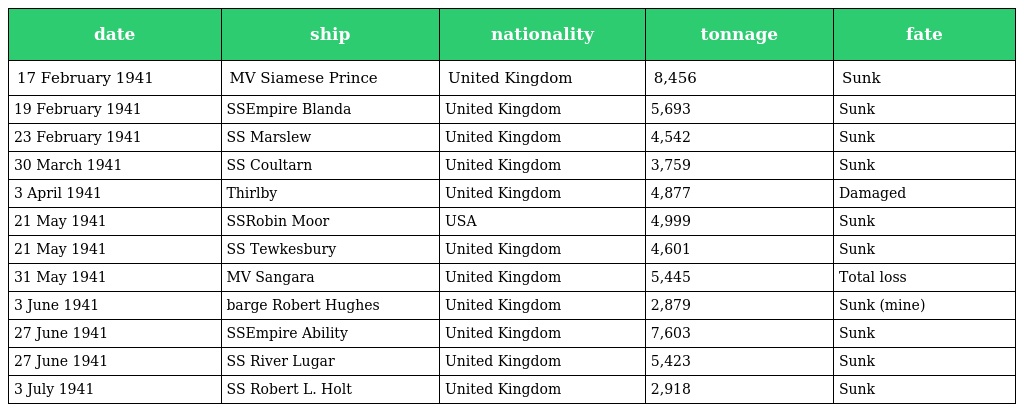
| date | ship | nationality | tonnage | fate |
 | --- | --- | --- | --- | --- |
 | 17 February 1941 | MV Siamese Prince | United Kingdom | 8,456 | Sunk |
 | 19 February 1941 | SSEmpire Blanda | United Kingdom | 5,693 | Sunk |
 | 23 February 1941 | SS Marslew | United Kingdom | 4,542 | Sunk |
 | 30 March 1941 | SS Coultarn | United Kingdom | 3,759 | Sunk |
 | 3 April 1941 | Thirlby | United Kingdom | 4,877 | Damaged |
 | 21 May 1941 | SSRobin Moor | USA | 4,999 | Sunk |
 | 21 May 1941 | SS Tewkesbury | United Kingdom | 4,601 | Sunk |
 | 31 May 1941 | MV Sangara | United Kingdom | 5,445 | Total loss |
 | 3 June 1941 | barge Robert Hughes | United Kingdom | 2,879 | Sunk (mine) |
 | 27 June 1941 | SSEmpire Ability | United Kingdom | 7,603 | Sunk |
 | 27 June 1941 | SS River Lugar | United Kingdom | 5,423 | Sunk |
 | 3 July 1941 | SS Robert L. Holt | United Kingdom | 2,918 | Sunk |